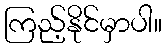
ကြည့်နိုင်မှာပါ။